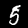
Digit: 5